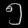
Digit: ၅